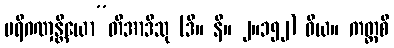
ပရိဂဏှန္တိယော”တိအာဒီသု (ဒီ။ နိ။ ၂။၁၅၂) ဝိယ။ ကတ္ထစိ